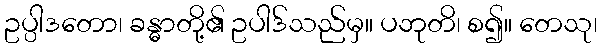
ဥပ္ပါဒတော၊ ခန္ဓာတို့၏ ဥပါဒ်သည်မှ။ ပဘုတိ၊ စ၍။ တေသု၊